Indian journal of veterinary science and animal husbandry - Volume 5,
Year: 1935
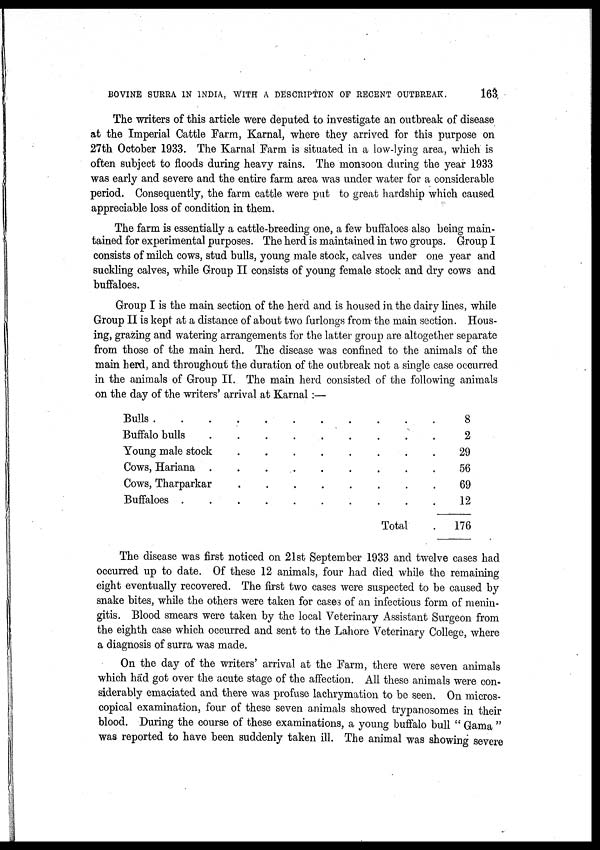
BOVINE SURRA IN INDIA, WITH A DESCRIPTION OF RECENT OUTBREAK.
163
The writers of this article were deputed to investigate an outbreak of disease
at the Imperial Cattle Farm, Karnal, where they arrived for this purpose on
27th October 1933. The Karnal Farm is situated in a low-lying area, which is
often subject to floods during heavy rains. The monsoon during the year 1933
was early and severe and the entire farm area was under water for a considerable
period. Consequently, the farm cattle were put to great hardship which caused
appreciable loss of condition in them.
The farm is essentially a cattle-breeding one, a few buffaloes also being main-
tained for experimental purposes. The herd is maintained in two groups. Group I
consists of milch cows, stud bulls, young male stock, calves under one year and
suckling calves, while Group II consists of young female stock and dry cows and
buffaloes.
Group I is the main section of the herd and is housed in the dairy lines, while
Group II is kept at a distance of about two furlongs from the main section. Hous-
ing, grazing and watering arrangements for the latter group are altogether separate
from those of the main herd. The disease was confined to the animals of the
main herd, and throughout the duration of the outbreak not a single case occurred
in the animals of Group II. The main herd consisted of the following animals
on the day of the writers' arrival at Karnal :—
Bulls . . . . . . . . . . .
Buffalo bulls . . . . . . . . . .
Young male stock . . . . . . . . .
Cows, Hariana . . . . . . . . .
Cows, Tharparkar . . . . . . . .
Buffaloes . . . . . . . . . .
Total .
8
2
29
56
69
12
176
The disease was first noticed on 21st September 1933 and twelve cases had
occurred up to date. Of these 12 animals, four had died while the remaining
eight eventually recovered. The first two cases were suspected to be caused by
snake bites, while the others were taken for cases of an infectious form of menin-
gitis. Blood smears were taken by the local Veterinary Assistant Surgeon from
the eighth case which occurred and sent to the Lahore Veterinary College, where
a diagnosis of surra was made.
On the day of the writers' arrival at the Farm, there were seven animals
which had got over the acute stage of the affection. All these animals were con-
siderably emaciated and there was profuse lachrymation to be seen. On micros-
copical examination, four of these seven animals showed trypanosomes in their
blood. During the course of these examinations, a young buffalo bull " Gama "
was reported to have been suddenly taken ill. The animal was showing severe